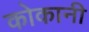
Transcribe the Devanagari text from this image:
कोकानी